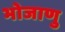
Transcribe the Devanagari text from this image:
भोजाणु